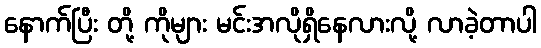
နောက်ပြီး တို့ ကိုများ မင်းအလိုရှိနေလားလို့ လာခဲ့တာပါ